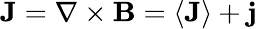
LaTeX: \mathbf{J}=\nabla\times\mathbf{B}=\left\langle\mathbf{J}\right\rangle+\mathbf{j}